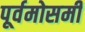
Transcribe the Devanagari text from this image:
पूर्वमोसमी